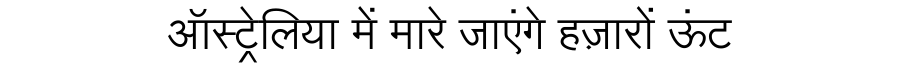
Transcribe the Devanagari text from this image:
ऑस्ट्रेलिया में मारे जाएंगे हज़ारों ऊंट